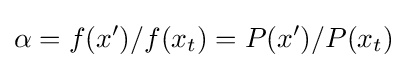
\alpha =f(x')/f(x_{t})=P(x')/P(x_{t})